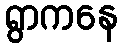
ရွာကနေ